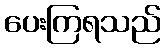
ပေးကြရသည်